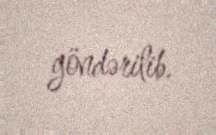
göndərilib.